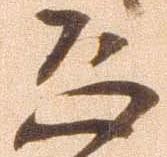
恐